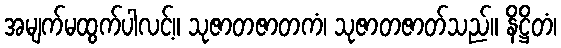
အမျက်မထွက်ပါလင့်။ သုဇာတဇာတကံ၊ သုဇာတဇာတ်သည်။ နိဋ္ဌိတံ၊